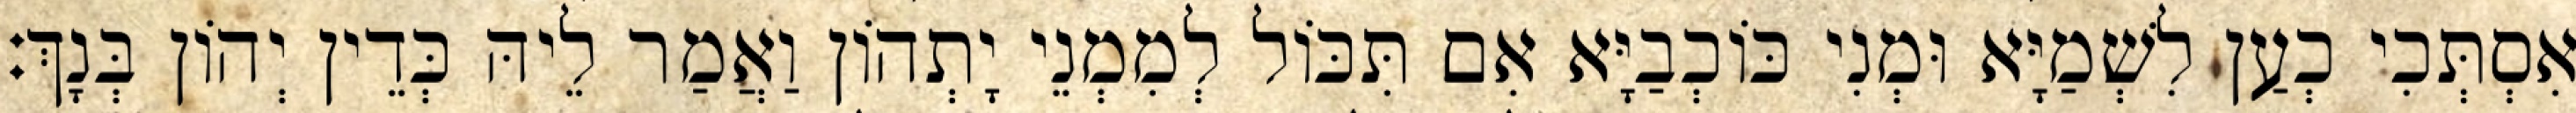
אִסְתְּכִי כְעַן לִשְׁמַיָּא וּמְנִי כּוֹכְבַיָּא אִם תִּכּוֹל לְמִמְנֵי יָתְהוֹן וַאֲמַר לֵיהּ כְּדֵין יְהוֹן בְּנָךְ׃